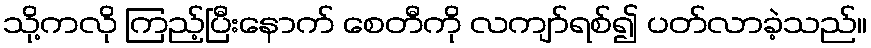
သို့ကလို ကြည့်ပြီးနောက် စေတီကို လကျာ်ရစ်၍ ပတ်လာခဲ့သည်။